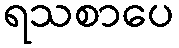
ရသစာပေ